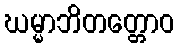
ဃမ္မာဘိတတ္တောဝ